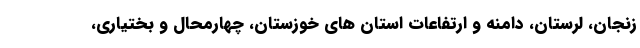
زنجان، لرستان، دامنه و ارتفاعات استان های خوزستان، چهارمحال و بختیاری،